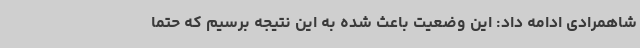
شاهمرادی ادامه داد: این وضعیت باعث شده به این نتیجه برسیم که حتماً